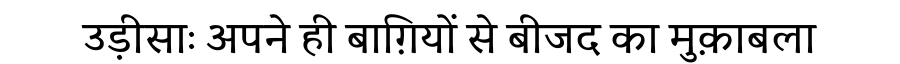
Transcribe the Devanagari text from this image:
उड़ीसाः अपने ही बाग़ियों से बीजद का मुक़ाबला